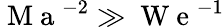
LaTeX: \mathrm{~M~a~}^{-2}\gg\mathrm{~W~e~}^{-1}